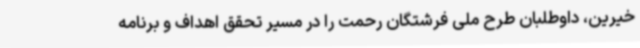
خیرین، داوطلبان طرح ملی فرشتگان رحمت را در مسیر تحقق اهداف و برنامه